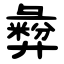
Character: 彜